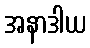
အနာဒါယ